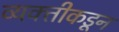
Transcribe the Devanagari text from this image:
व्यक्‍तीकडून